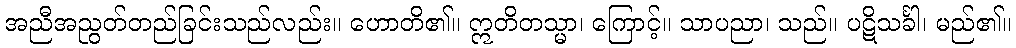
အညီအညွတ်တည်ခြင်းသည်လည်း။ ဟောတိ၏။ ဣတိတသ္မာ၊ ကြောင့်။ သာပညာ၊ သည်။ ပဋိသင်္ခါ၊ မည်၏။